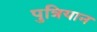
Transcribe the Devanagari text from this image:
पुत्रियान